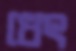
ধেৎ